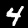
Digit: 4